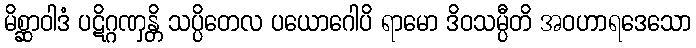
မိစ္ဆာဝါဒံ ပဋိဂ္ဂဏှန္တိ သပ္ပိတေလ ပယောဂေါပိ ရာမော ဒိဝသမ္ပီတိ အဝဟာရဒေသော